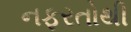
નફરતોથી